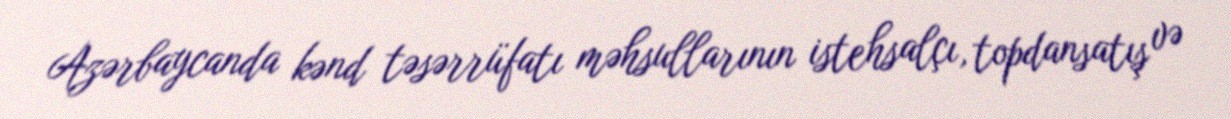
Azərbaycanda kənd təsərrüfatı məhsullarının istehsalçı, topdansatış və